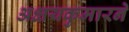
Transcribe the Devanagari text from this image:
अक्षयकुमारने